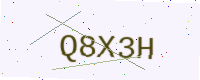
Text: Q8X3H